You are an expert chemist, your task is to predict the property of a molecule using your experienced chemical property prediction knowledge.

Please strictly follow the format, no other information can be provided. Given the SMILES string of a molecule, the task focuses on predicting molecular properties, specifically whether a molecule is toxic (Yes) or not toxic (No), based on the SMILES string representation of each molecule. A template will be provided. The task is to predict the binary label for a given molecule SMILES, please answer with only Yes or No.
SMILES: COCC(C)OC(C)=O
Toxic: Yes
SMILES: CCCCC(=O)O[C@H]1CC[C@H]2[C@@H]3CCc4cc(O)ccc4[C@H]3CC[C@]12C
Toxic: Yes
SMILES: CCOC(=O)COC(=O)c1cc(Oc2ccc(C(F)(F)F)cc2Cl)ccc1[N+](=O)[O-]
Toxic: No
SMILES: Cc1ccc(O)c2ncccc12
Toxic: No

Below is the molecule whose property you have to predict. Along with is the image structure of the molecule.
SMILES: O=C(O)c1c(Cl)cccc1Cl
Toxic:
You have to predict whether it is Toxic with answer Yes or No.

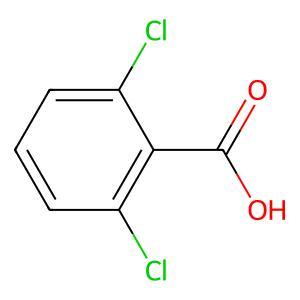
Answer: No